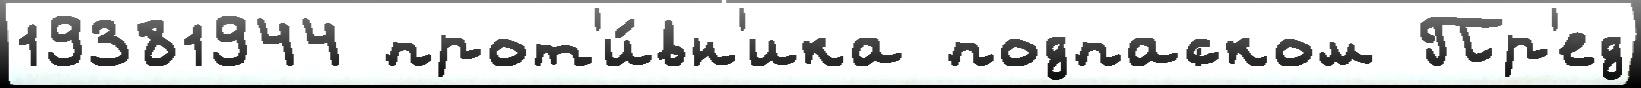
19381944 прот'и́вн'ика подпаском Пр'ед